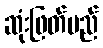
ဆုံးဖြတ်မည်